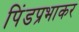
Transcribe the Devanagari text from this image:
पिंडप्रभाकर